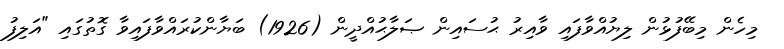
މިހެން މިބޭފުޅުން ލިޔުއްވާފައި ވާއިރު ޙުސައިން ޞަލާޙުއްދީން (1926) ބަޔާންކުރައްވާފައިވާ ގޮތުގައި "އަލިފު